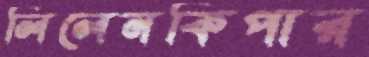
লিলেনকিপার